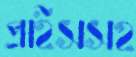
প্রাইসসহ